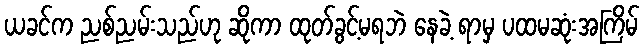
ယခင်က ညစ်ညမ်းသည်ဟု ဆိုကာ ထုတ်ခွင့်မရဘဲ နေခဲ့ ရာမှ ပထမဆုံးအကြိမ်